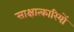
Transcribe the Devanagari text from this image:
साक्षात्कारियों